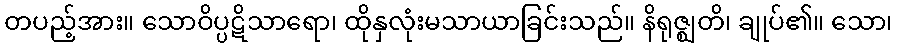
တပည့်အား။ သောဝိပ္ပဋိသာရော၊ ထိုနှလုံးမသာယာခြင်းသည်။ နိရုဇ္ဈတိ၊ ချုပ်၏။ သော၊